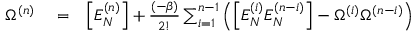
\begin{array} { r l r } { \Omega ^ { ( n ) } } & { { } = } & { \Big [ E _ { N } ^ { ( n ) } \Big ] + \frac { ( - \beta ) } { 2 ! } \sum _ { i = 1 } ^ { n - 1 } \left( \Big [ E _ { N } ^ { ( i ) } E _ { N } ^ { ( n - i ) } \Big ] - \Omega ^ { ( i ) } \Omega ^ { ( n - i ) } \right) } \end{array}